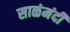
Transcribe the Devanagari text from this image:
साळंमंदी